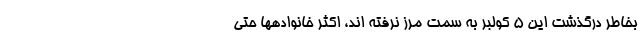
بخاطر درگذشت این ۵ کولبر به سمت مرز نرفته اند، اکثر خانوادهها حتی